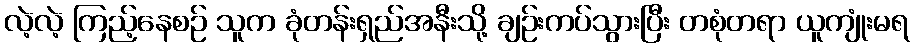
လဲ့လဲ့ ကြည့်နေစဉ် သူက ခုံတန်းရှည်အနီးသို့ ချဉ်းကပ်သွားပြီး တစုံတရာ ယူကျုံးမရ